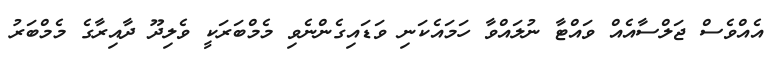
އެއްވެސް ޖަލްސާއެއް ވައްޓާ ނުލައްވާ ހަމައެކަނި ވަޑައިގެންނެވި މެމްބަރަކީ ވެލިދޫ ދާއިރާގެ މެމްބަރު